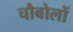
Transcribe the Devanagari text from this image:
चौबोलों